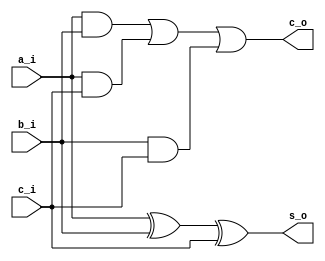

// Generated by Cadence Genus(TM) Synthesis Solution GENUS15.20 - 15.20-p004_1
// Generated on: May 12 2024 07:18:59

// Verification Directory fv/synth_wrapper 

module full_adder(a_i, b_i, c_i, s_o, c_o);
  input a_i, b_i, c_i;
  output s_o, c_o;
  wire a_i, b_i, c_i;
  wire s_o, c_o;
  wire n_3, n_5, n_6, n_7, n_8;
  xor g1 (n_3, a_i, b_i);
  xor g2 (s_o, n_3, c_i);
  and g3 (n_5, a_i, b_i);
  and g4 (n_6, a_i, c_i);
  or g5 (n_7, n_5, n_6);
  and g6 (n_8, b_i, c_i);
  or g7 (c_o, n_7, n_8);
endmodule

module adder_4bit(a_i, b_i, s_o);
  input [3:0] a_i, b_i;
  output [3:0] s_o;
  wire [3:0] a_i, b_i;
  wire [3:0] s_o;
  wire [3:0] c_w;
  wire UNCONNECTED;
  full_adder A0(a_i[0], b_i[0], 1'b0, s_o[0], c_w[0]);
  full_adder A1(a_i[1], b_i[1], c_w[0], s_o[1], c_w[1]);
  full_adder A2(a_i[2], b_i[2], c_w[1], s_o[2], c_w[2]);
  full_adder A3(a_i[3], b_i[3], c_w[2], s_o[3], UNCONNECTED);
endmodule

module full_subtractor(a_i, b_i, c_i, d_o, b_o);
  input a_i, b_i, c_i;
  output d_o, b_o;
  wire a_i, b_i, c_i;
  wire d_o, b_o;
  wire n_3, n_5, n_6, n_7, n_8;
  xor g1 (n_3, a_i, b_i);
  xor g2 (d_o, n_3, c_i);
  not g3 (n_5, a_i);
  xor g4 (n_6, b_i, c_i);
  and g5 (n_7, n_5, n_6);
  and g6 (n_8, b_i, c_i);
  or g7 (b_o, n_7, n_8);
endmodule

module subtractor_4bit(a_i, b_i, d_o);
  input [3:0] a_i, b_i;
  output [3:0] d_o;
  wire [3:0] a_i, b_i;
  wire [3:0] d_o;
  wire [3:0] b_w;
  wire UNCONNECTED0;
  full_subtractor S0(a_i[0], b_i[0], 1'b0, d_o[0], b_w[0]);
  full_subtractor S1(a_i[1], b_i[1], b_w[0], d_o[1], b_w[1]);
  full_subtractor S2(a_i[2], b_i[2], b_w[1], d_o[2], b_w[2]);
  full_subtractor S3(a_i[3], b_i[3], b_w[2], d_o[3], UNCONNECTED0);
endmodule

module bmux(ctl, in_0, in_1, z);
  input ctl;
  input [3:0] in_0, in_1;
  output [3:0] z;
  wire ctl;
  wire [3:0] in_0, in_1;
  wire [3:0] z;
  CDN_bmux2 g1(.sel0 (ctl), .data0 (in_0[3]), .data1 (in_1[3]), .z
       (z[3]));
  CDN_bmux2 g2(.sel0 (ctl), .data0 (in_0[2]), .data1 (in_1[2]), .z
       (z[2]));
  CDN_bmux2 g3(.sel0 (ctl), .data0 (in_0[1]), .data1 (in_1[1]), .z
       (z[1]));
  CDN_bmux2 g4(.sel0 (ctl), .data0 (in_0[0]), .data1 (in_1[0]), .z
       (z[0]));
endmodule

module counter_4bit(clk_i, rst_ni, sel_i, out_o);
  input clk_i, rst_ni, sel_i;
  output [3:0] out_o;
  wire clk_i, rst_ni, sel_i;
  wire [3:0] out_o;
  wire [3:0] add_d;
  wire [3:0] sub_d;
  wire UNCONNECTED1, UNCONNECTED2, UNCONNECTED3, UNCONNECTED4, n_13,
       n_15, n_16, n_17;
  wire n_18;
  adder_4bit A0(out_o, 4'b0001, add_d);
  subtractor_4bit S0(out_o, 4'b0001, sub_d);
  bmux mux_out_d_16_8(.ctl (sel_i), .in_0 (sub_d), .in_1 (add_d), .z
       ({n_18, n_17, n_16, n_15}));
  bmux mux_out_d_14_7(.ctl (n_13), .in_0 ({n_18, n_17, n_16, n_15}),
       .in_1 (4'b0000), .z ({UNCONNECTED4, UNCONNECTED3, UNCONNECTED2,
       UNCONNECTED1}));
  not g1 (n_13, rst_ni);
  CDN_flop \out_d_reg[0] (.clk (clk_i), .d (n_15), .sena (1'b1), .aclr
       (n_13), .apre (1'b0), .srl (1'b0), .srd (1'b0), .q (out_o[0]));
  CDN_flop \out_d_reg[1] (.clk (clk_i), .d (n_16), .sena (1'b1), .aclr
       (n_13), .apre (1'b0), .srl (1'b0), .srd (1'b0), .q (out_o[1]));
  CDN_flop \out_d_reg[2] (.clk (clk_i), .d (n_17), .sena (1'b1), .aclr
       (n_13), .apre (1'b0), .srl (1'b0), .srd (1'b0), .q (out_o[2]));
  CDN_flop \out_d_reg[3] (.clk (clk_i), .d (n_18), .sena (1'b1), .aclr
       (n_13), .apre (1'b0), .srl (1'b0), .srd (1'b0), .q (out_o[3]));
endmodule

module bmux_2(ctl, in_0, in_1, z);
  input ctl, in_0, in_1;
  output z;
  wire ctl, in_0, in_1;
  wire z;
  CDN_bmux2 g1(.sel0 (ctl), .data0 (in_0), .data1 (in_1), .z (z));
endmodule

module synth_wrapper(rst_n, clk, sel, out);
  input rst_n, clk, sel;
  output [3:0] out;
  wire rst_n, clk, sel;
  wire [3:0] out;
  wire UNCONNECTED5, UNCONNECTED6, UNCONNECTED7, UNCONNECTED8,
       UNCONNECTED9, n_6, \out_reg[0]_14 , \out_reg[1]_15 ;
  wire \out_reg[2]_16 , \out_reg[3]_17 , sel_reg;
  counter_4bit C0(clk, rst_n, sel_reg, {\out_reg[3]_17 , \out_reg[2]_16
       , \out_reg[1]_15 , \out_reg[0]_14 });
  bmux_2 mux_sel_reg_12_7(.ctl (n_6), .in_0 (sel), .in_1 (1'b0), .z
       (UNCONNECTED5));
  bmux mux_out_12_7(.ctl (n_6), .in_0 ({\out_reg[3]_17 , \out_reg[2]_16
       , \out_reg[1]_15 , \out_reg[0]_14 }), .in_1 (4'b0000), .z
       ({UNCONNECTED9, UNCONNECTED8, UNCONNECTED7, UNCONNECTED6}));
  not g1 (n_6, rst_n);
  CDN_flop \out_reg[0] (.clk (clk), .d (\out_reg[0]_14 ), .sena (1'b1),
       .aclr (n_6), .apre (1'b0), .srl (1'b0), .srd (1'b0), .q
       (out[0]));
  CDN_flop \out_reg[1] (.clk (clk), .d (\out_reg[1]_15 ), .sena (1'b1),
       .aclr (n_6), .apre (1'b0), .srl (1'b0), .srd (1'b0), .q
       (out[1]));
  CDN_flop \out_reg[2] (.clk (clk), .d (\out_reg[2]_16 ), .sena (1'b1),
       .aclr (n_6), .apre (1'b0), .srl (1'b0), .srd (1'b0), .q
       (out[2]));
  CDN_flop \out_reg[3] (.clk (clk), .d (\out_reg[3]_17 ), .sena (1'b1),
       .aclr (n_6), .apre (1'b0), .srl (1'b0), .srd (1'b0), .q
       (out[3]));
  CDN_flop sel_reg_reg(.clk (clk), .d (sel), .sena (1'b1), .aclr (n_6),
       .apre (1'b0), .srl (1'b0), .srd (1'b0), .q (sel_reg));
endmodule

`ifdef RC_CDN_GENERIC_GATE
`else
module CDN_flop(clk, d, sena, aclr, apre, srl, srd, q);
  input clk, d, sena, aclr, apre, srl, srd;
  output q;
  wire clk, d, sena, aclr, apre, srl, srd;
  wire q;
  reg  qi;
  assign #1 q = qi;
  always 
    @(posedge clk or posedge apre or posedge aclr) 
      if (aclr) 
        qi <= 0;
      else if (apre) 
          qi <= 1;
        else if (srl) 
            qi <= srd;
          else begin
            if (sena) 
              qi <= d;
          end
  initial 
    qi <= 1'b0;
endmodule
`endif
`ifdef RC_CDN_GENERIC_GATE
`else
`ifdef ONE_HOT_MUX
module CDN_bmux2(sel0, data0, data1, z);
  input sel0, data0, data1;
  output z;
  wire sel0, data0, data1;
  reg  z;
  always 
    @(sel0 or data0 or data1) 
      case ({sel0})
       1'b0: z = data0;
       1'b1: z = data1;
      endcase
endmodule
`else
module CDN_bmux2(sel0, data0, data1, z);
  input sel0, data0, data1;
  output z;
  wire sel0, data0, data1;
  wire z;
  wire inv_sel0, w_0, w_1;
  not i_0 (inv_sel0, sel0);
  and a_0 (w_0, inv_sel0, data0);
  and a_1 (w_1, sel0, data1);
  or org (z, w_0, w_1);
endmodule
`endif // ONE_HOT_MUX
`endif